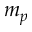
m _ { p }